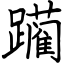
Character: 躏